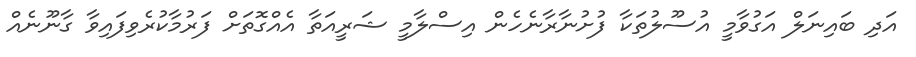
އަދި ބައިނަލް އަގުވާމީ އުސޫލުތަކާ ފުށުނާރާނެހެން އިސްލާމީ ޝަރީއަތާ އެއްގޮތަށް ފަރުމާކުރެވިފައިވާ ގާނޫނެއް